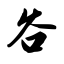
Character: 谷